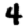
Digit: 4